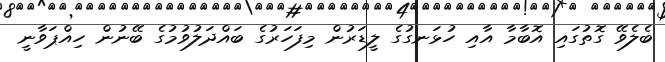
ބެލެވޭ ގޮތުގައި އޮބާމާ އާއި ހުޅަނގުގެ ލީޑަރުން މިފަހަރުގެ ބައްދަލުވުމުގެ ބޭނުން ހިއްޕަވާނީ